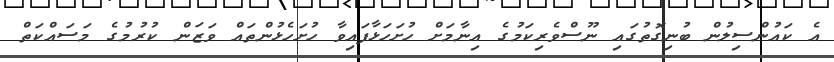
އެ ކައުންސިލުން ބުނިގޮތުގައި ނޫސްވެރިކަމުގެ އިނާމަށް ހުށަހަޅާފައިވާ ހުށަހެޅުންތައް ވަޒަން ކުރުމުގެ މަސައްކަތް